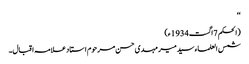
‘‘
(الحکم 7اگست1934ء)
شمس العلماء سید میر مہدی حسن مرحوم استاد علامہ اقبال۔